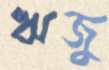
ঋজু